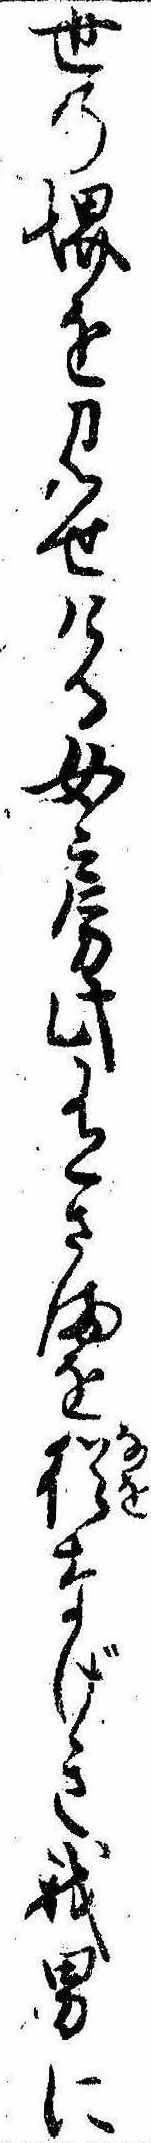
世の堺を見せける女房此有さまを猶なげき我男に